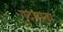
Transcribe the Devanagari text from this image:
गुदवाना